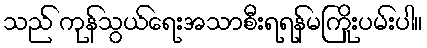
သည် ကုန်သွယ်ရေးအသာစီးရရန်မကြိုးပမ်းပါ။